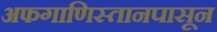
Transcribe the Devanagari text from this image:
अफगाणिस्तानपासून